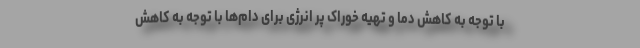
با توجه به کاهش دما و تهیه خوراک پر انرژی برای دام‌ها با توجه به کاهش